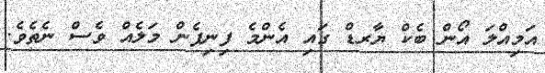
އަމިއްލަ އޯން ބެކް ޔާރޑް ގައި އެންމެ ފިނިފެން މަލެއް ވެސް ނެތެވެ.